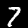
Label: 7